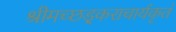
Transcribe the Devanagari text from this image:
श्रीमच्छड़्कराचार्यकृतं